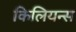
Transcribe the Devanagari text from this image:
किलियन्स